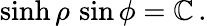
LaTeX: \sinh\rho\, \sin\phi={\mathbb{C}}\, .